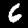
Label: 6